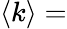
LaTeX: \langle k\rangle=